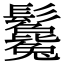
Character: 𩰃